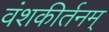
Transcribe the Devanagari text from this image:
वंशकीर्तनम्